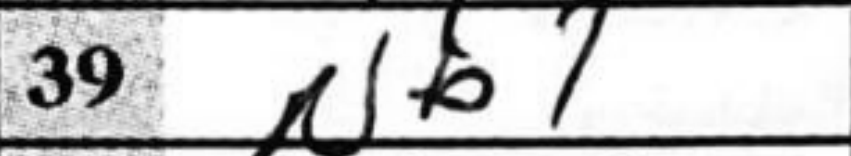
Transcription: Nb1